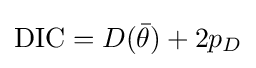
\mathrm {DIC} =D({\bar {\theta }})+2p_{D}